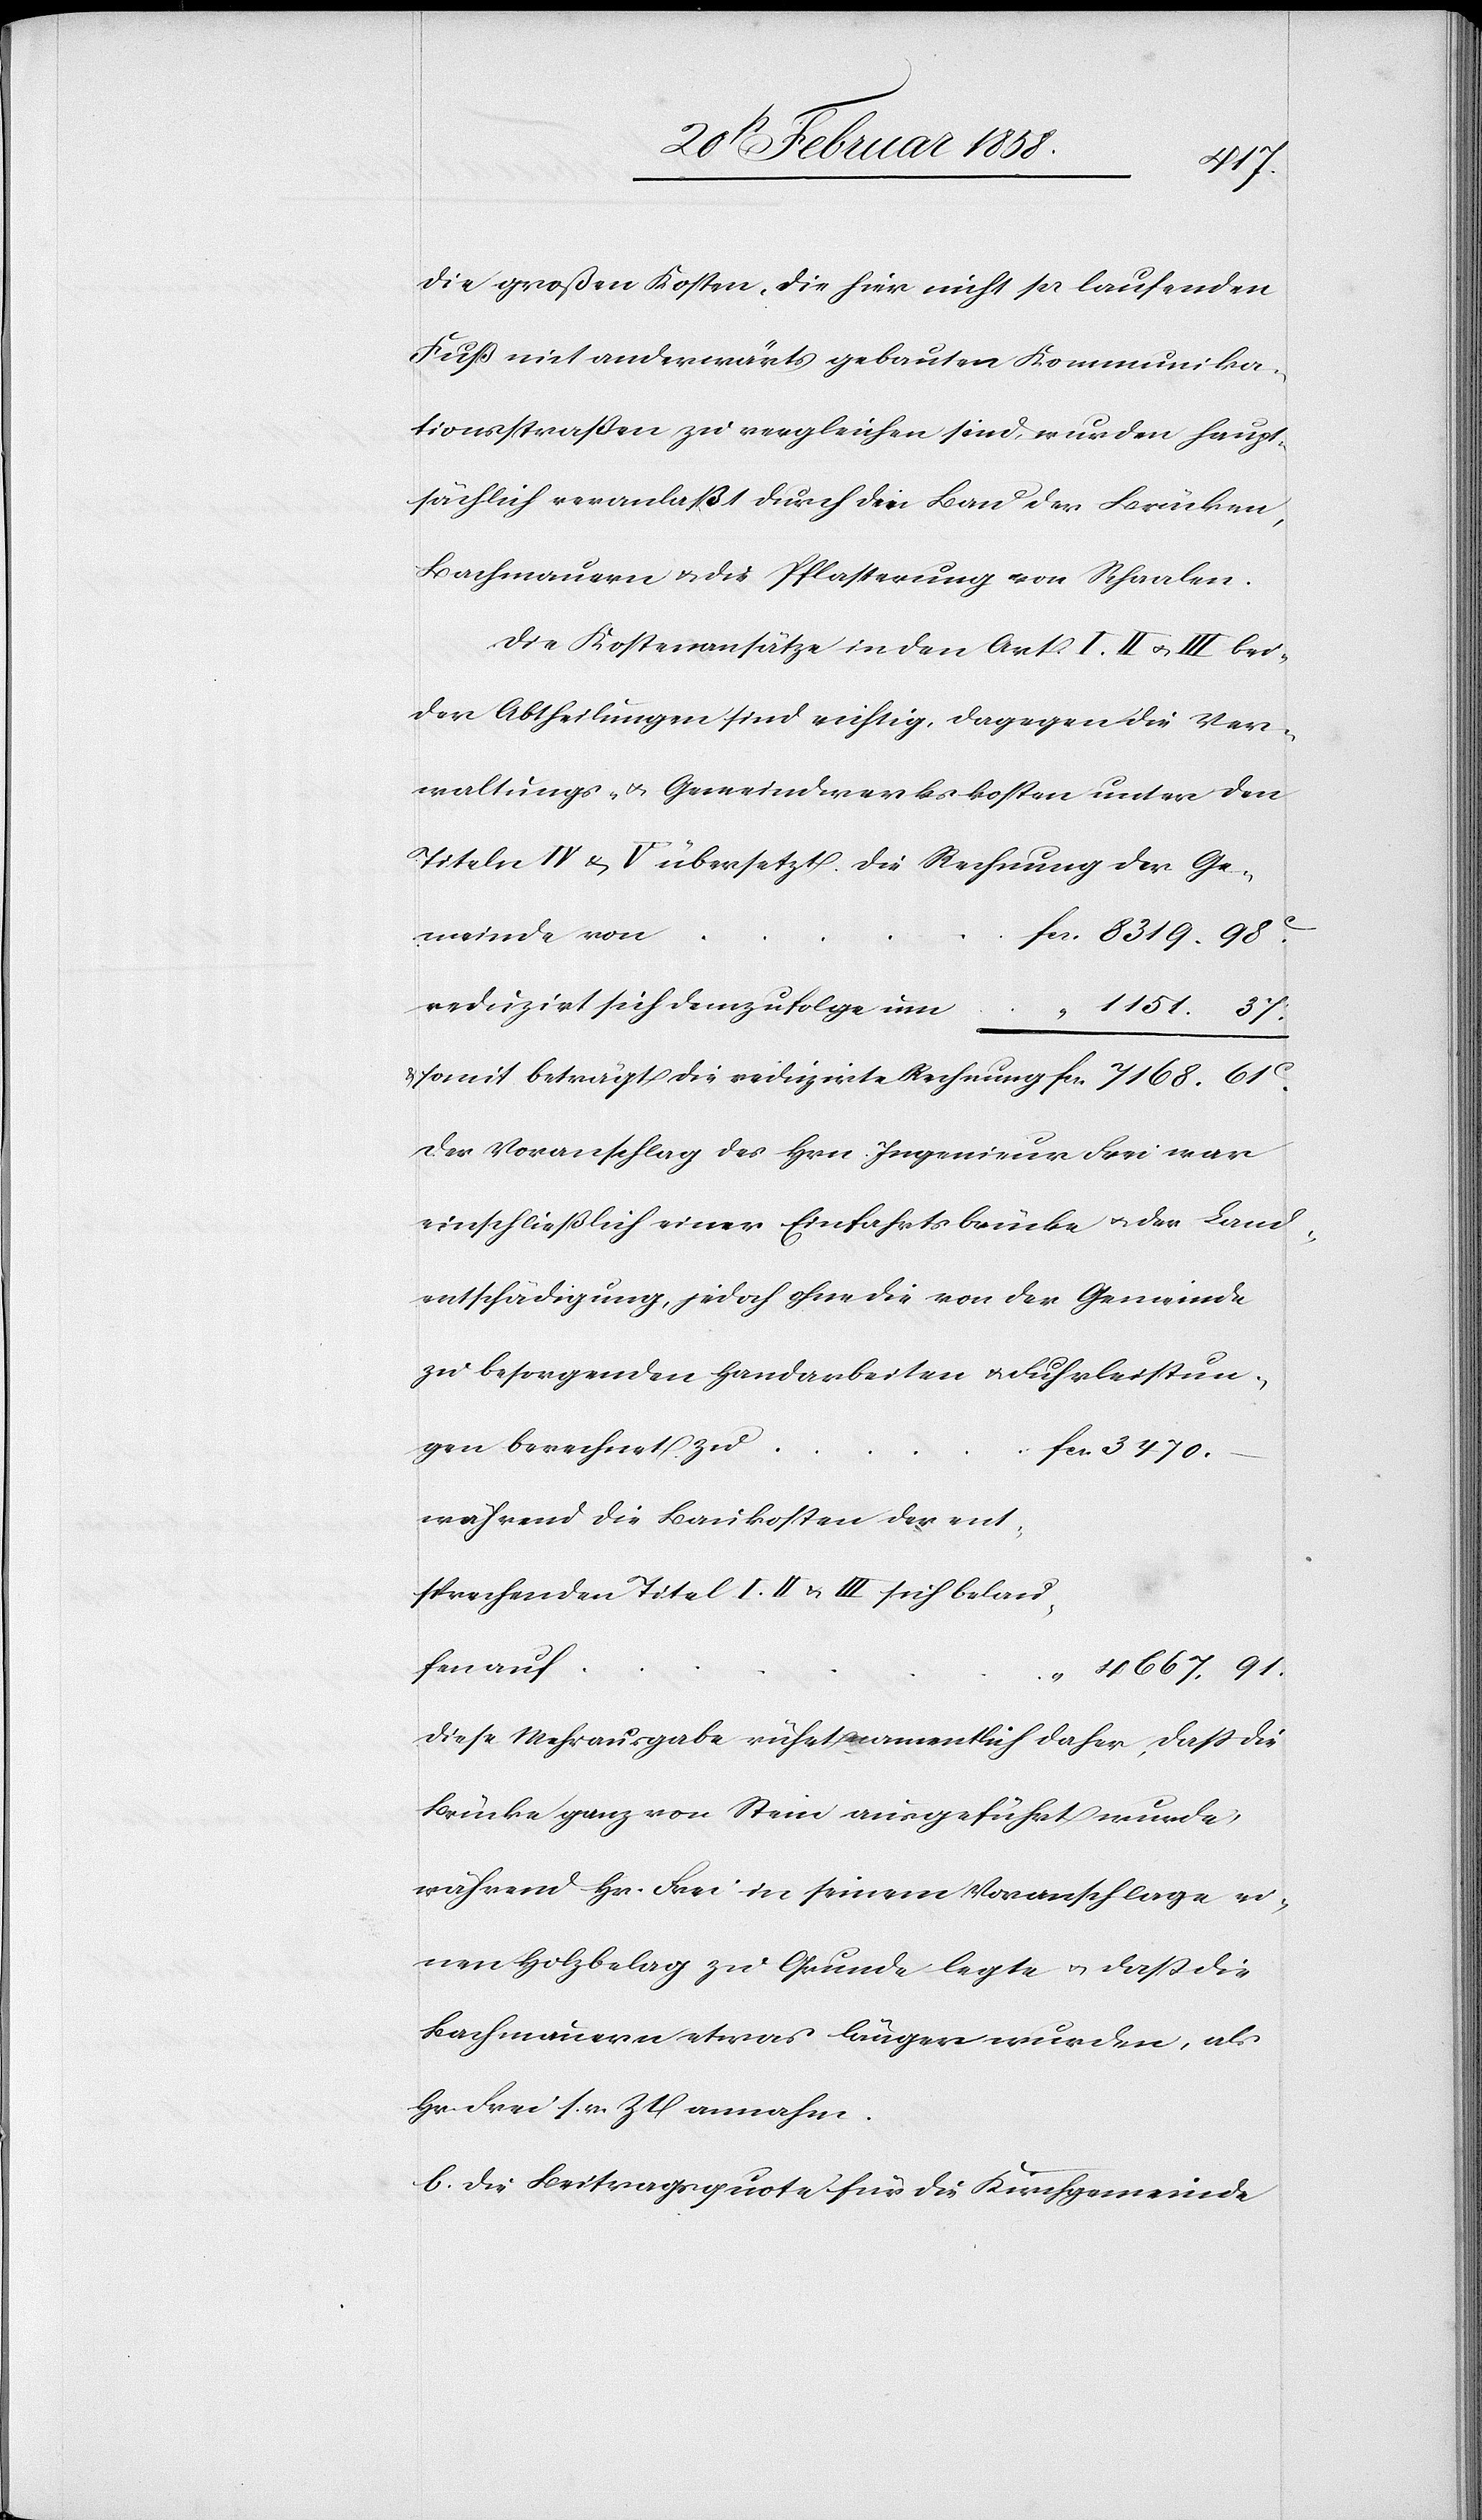
Die großen Kosten, die hier nicht per laufenden
Fuß mit anderwärts gebauten Kommunika¬
tionsstraßen zu vergleichen sind, wurden haupt¬
sächlich veranlaßt durch den Bau der Brücken,
Bachmauern u. der Pflasterung von Schaalen.
Die Kostenansätze in den Art. I. II u. III bei¬
der Abtheilungen sind richtig. Dagegen die Ver¬
waltungs- u. Gemeindwerkskosten unter den
Titeln IV u. V übersetzt. Die Rechnung der Ge¬
fen
8319. 98 c
reduzirt sich demzufolge um					 “ 1151. 37.
Der Voranschlag des Hrn. Ingenieur Frei war
einschließlich einer Einfahrtsbrücke u. der Land¬
entschädigung, jedoch ohne die von der Gemeinde
zu besorgenden Handarbeiten u. Fuhrleistun¬
während die Baukosten der
sprechenden Titel I. II u. III sich belau¬
“ 4667. 91.
Diese Mehrausgabe rührt namentlich daher, daß die
Brücke ganz von Stein ausgeführt wurde,
während Hr. Frei in seinem Voranschlage ei¬
nen Holzbelag zu Grunde legte u. daß die
Bachmauern etwas länger wurden, als
Hr. Frei sr. Zt annahm.
b. Die Beitragsquote für die Kirchgemeinde